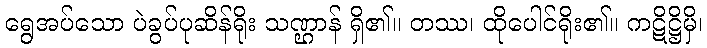
ရွေအပ်သော ပဲခွပ်ပုဆိန်ရိုး သဏ္ဌာန် ရှိ၏။ တဿ၊ ထိုပေါင်ရိုး၏။ ကဋိဋ္ဌိမှိ၊